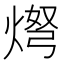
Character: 𬊨